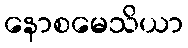
နောစမေသိယာ